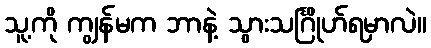
သူ့ကို ကျွန်မက ဘာနဲ့ သွားသင်္ဂြိုဟ်ရမှာလဲ။